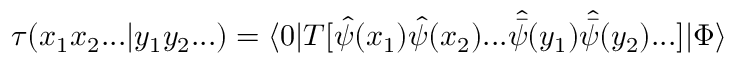
\tau ( x _ { 1 } x _ { 2 } . . . | y _ { 1 } y _ { 2 } . . . ) = \langle 0 | T [ { \hat { \psi } } ( x _ { 1 } ) { \hat { \psi } } ( x _ { 2 } ) . . . { \hat { \bar { \psi } } } ( y _ { 1 } ) { \hat { \bar { \psi } } } ( y _ { 2 } ) . . . ] | \Phi \rangle